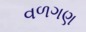
વળગણ